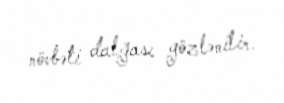
növbəti dalğası gözlənilir.